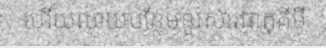
ហើយលាយបន្ថែមនូវសារធាតុគីមី